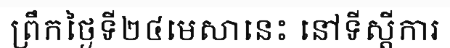
ព្រឹកថ្ងៃទី២៤មេសានេះ នៅទីស្តីការ